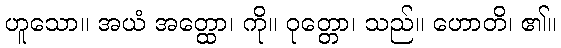
ဟူသော။ အယံ အတ္ထော၊ ကို။ ဝုတ္တော၊ သည်။ ဟောတိ၊ ၏။